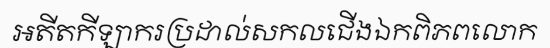
អតីតកីឡាករប្រដាល់សកលជើងឯកពិភពលោក